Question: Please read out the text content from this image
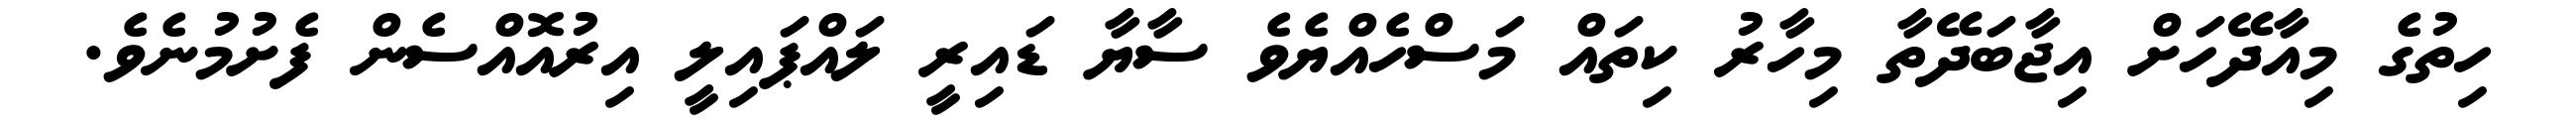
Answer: ހިތުގެ މިއާދޭހަށް އިޖާބަދޭތާ މިހާރު ކިތައް މަސްހެއްޔެވެ ސާޔާ ޑައިރީ ލައްޕައިލީ އިރުއޮއްސެން ފެށުމުނެވެ.